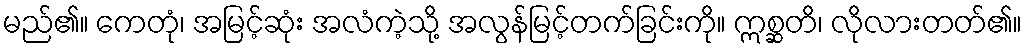
မည်၏။ ကေတုံ၊ အမြင့်ဆုံး အလံကဲ့သို့ အလွန်မြင့်တက်ခြင်းကို။ ဣစ္ဆတိ၊ လိုလားတတ်၏။